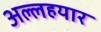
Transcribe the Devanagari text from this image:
अल्लहयार